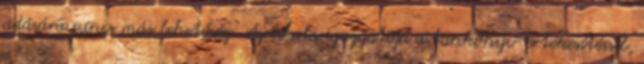
adására nincs más lehetőség. Az iskola igazgatója a tankönyv-értékesítéssel,